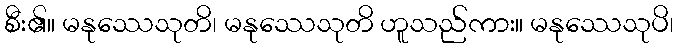
စီး၏။ မနုဿေသုတိ၊ မနုဿေသုတိ ဟူသည်ကား။ မနုဿေသုပိ၊